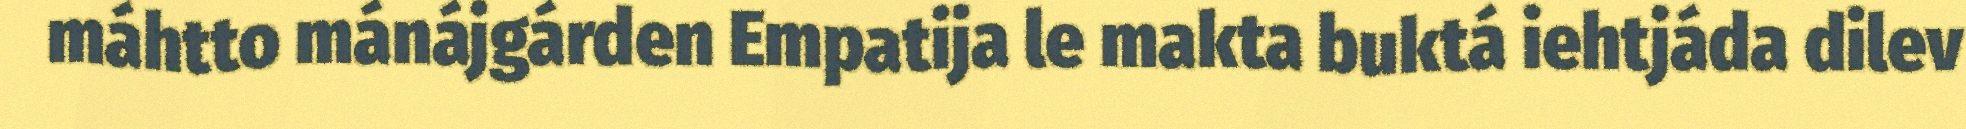
máhtto mánájgárden Empatija le makta buktá iehtjáda dilev